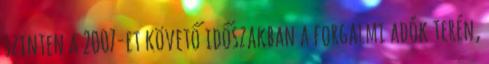
szinten a 2007-et követő időszakban a forgalmi adók terén,